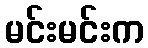
မင်းမင်းက